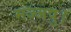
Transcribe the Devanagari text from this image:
मज्जपु।